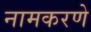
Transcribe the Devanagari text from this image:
नामकरणे